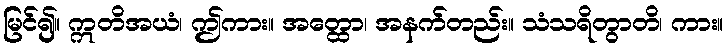
မြင်၍။ ဣတိအယံ၊ ဤကား။ အတ္ထော၊ အနက်တည်း။ သံသရိတွာတိ၊ ကား။